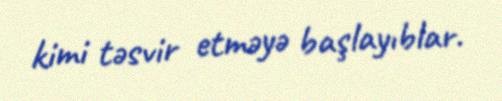
kimi təsvir etməyə başlayıblar.